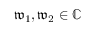
\mathfrak { w } _ { 1 } , \mathfrak { w } _ { 2 } \in \mathbb { C }